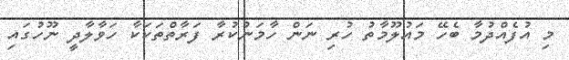
މި އުފެއްދުމާ ބެހޭ މައުލޫމާތު ހުރި ނަން ހާމަނުކުރާ ފަރާތްތަކަކާ ހަވާލާދީ ނޫހުގައި